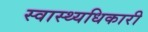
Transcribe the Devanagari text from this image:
स्वास्थ्यधिकारी